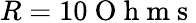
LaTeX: R=10\mathrm{~O~h~m~s~}